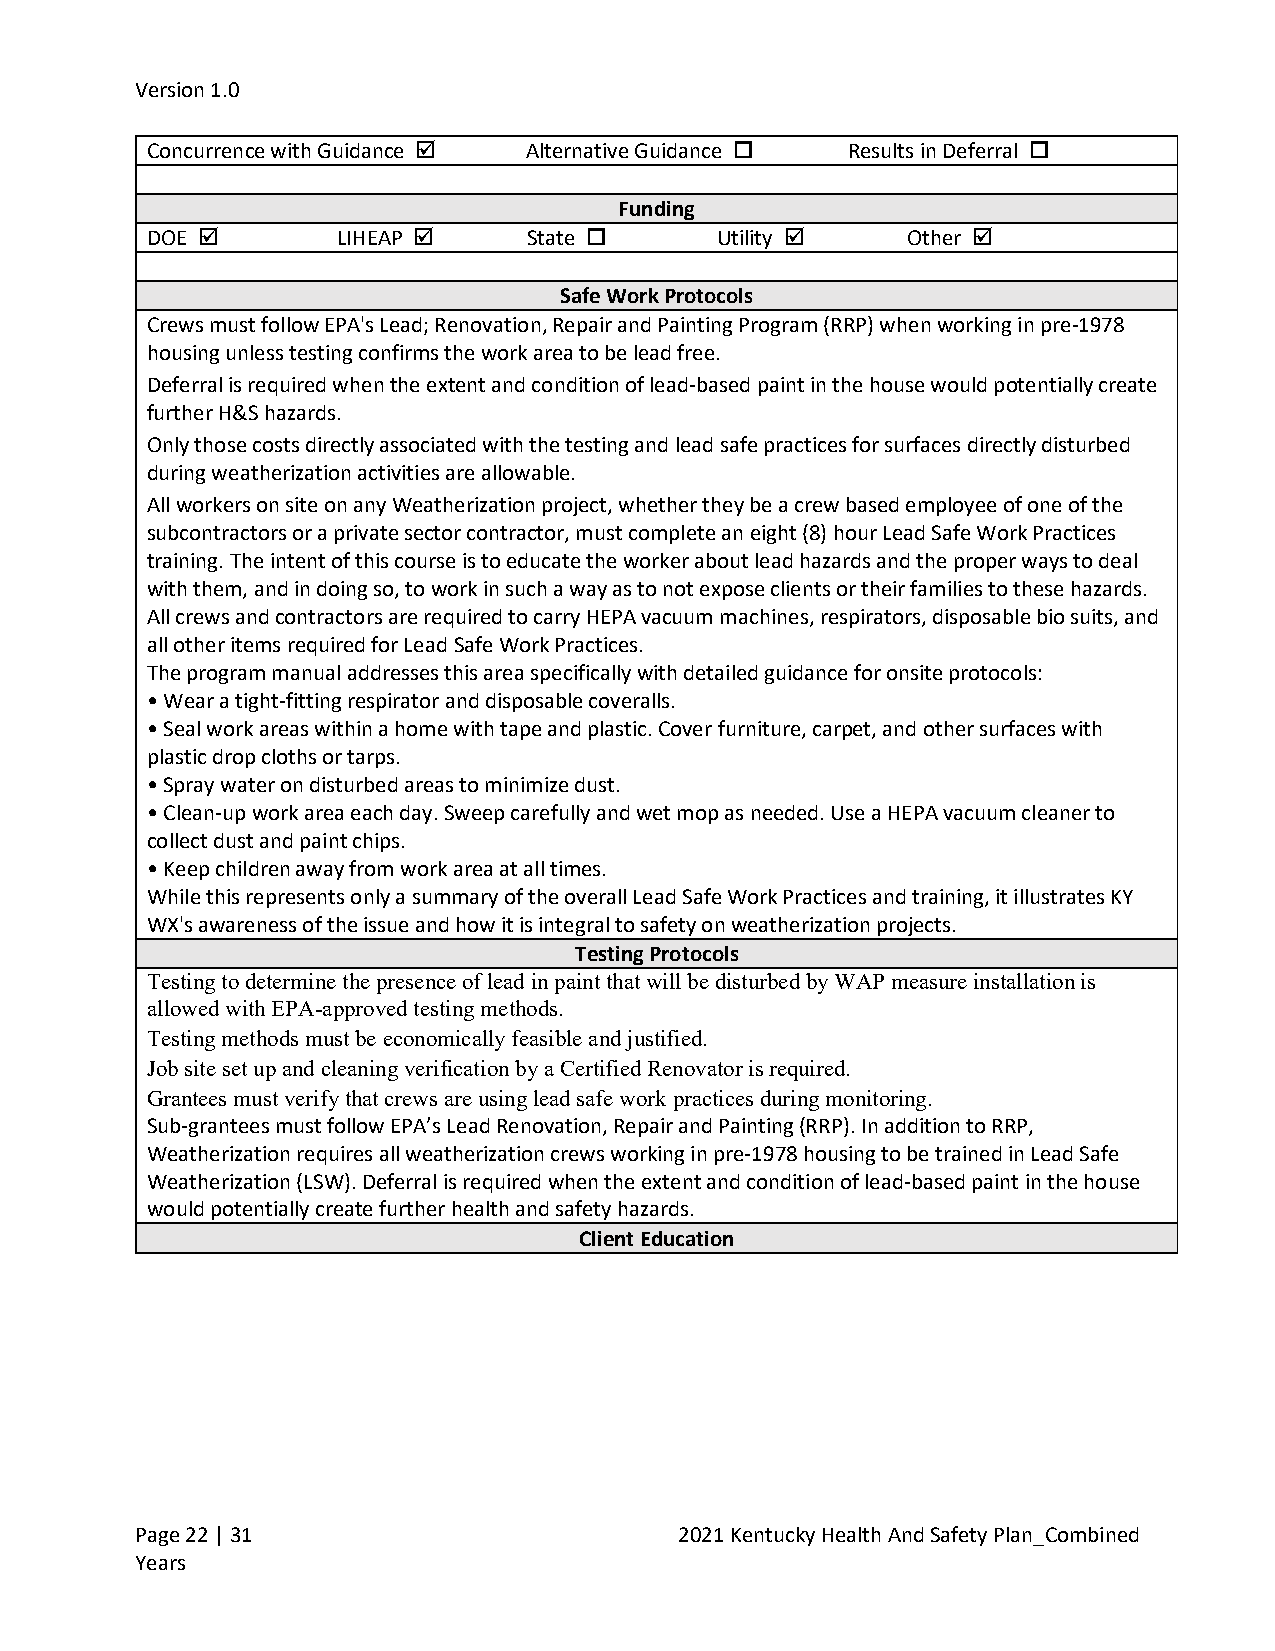
Version 1.0
 Concurrence with Guidance  Alternative Guidance  Results in Deferral 
 Funding
 DOE        LIHEAP      State      Utility     Other 
 Safe Work Protocols
 Crews must follow EPA's Lead; Renovation, Repair and Painting Program (RRP) when working in pre-1978
 housing unless testing confirms the work area to be lead free.
 Deferral is required when the extent and condition of lead-based paint in the house would potentially create
 further H&S hazards.
 Only those costs directly associated with the testing and lead safe practices for surfaces directly disturbed
 during weatherization activities are allowable.
 All workers on site on any Weatherization project, whether they be a crew based employee of one of the
 subcontractors or a private sector contractor, must complete an eight (8) hour Lead Safe Work Practices
 training. The intent of this course is to educate the worker about lead hazards and the proper ways to deal
 with them, and in doing so, to work in such a way as to not expose clients or their families to these hazards.
 All crews and contractors are required to carry HEPA vacuum machines, respirators, disposable bio suits, and
 all other items required for Lead Safe Work Practices.
 The program manual addresses this area specifically with detailed guidance for onsite protocols:
 • Wear a tight-fitting respirator and disposable coveralls.
 • Seal work areas within a home with tape and plastic. Cover furniture, carpet, and other surfaces with
 plastic drop cloths or tarps.
 • Spray water on disturbed areas to minimize dust.
 • Clean-up work area each day. Sweep carefully and wet mop as needed. Use a HEPA vacuum cleaner to
 collect dust and paint chips.
 • Keep children away from work area at all times.
 While this represents only a summary of the overall Lead Safe Work Practices and training, it illustrates KY
 WX's awareness of the issue and how it is integral to safety on weatherization projects.
 Testing Protocols
 Testing to determine the presence of lead in paint that will be disturbed by WAP measure installation is
 allowed with EPA-approved testing methods.
 Testing methods must be economically feasible and justified.
 Job site set up and cleaning verification by a Certified Renovator is required.
 Grantees must verify that crews are using lead safe work practices during monitoring.
 Sub-grantees must follow EPA’s Lead Renovation, Repair and Painting (RRP). In addition to RRP,
 Weatherization requires all weatherization crews working in pre-1978 housing to be trained in Lead Safe
 Weatherization (LSW). Deferral is required when the extent and condition of lead-based paint in the house
 would potentially create further health and safety hazards.
 Client Education
 Page 22 | 31                        2021 Kentucky Health And Safety Plan_Combined
 Years